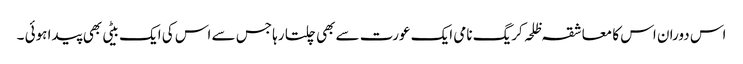
اس دوران اس کا معاشقہ ظلحہ کریگ نامی ایک عورت سے بھی چلتا رہا جس سے اس کی ایک بیٹی بھی پیدا ہوئی ۔